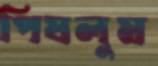
পিষলুম